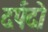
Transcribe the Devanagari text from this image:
दर्पदो